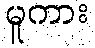
မူကား